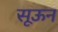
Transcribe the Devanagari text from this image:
सूऊन